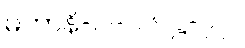
မဟာနိ-ပါ-၁၆၊ ဋ္ဌ-၇၂။